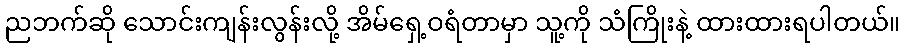
ညဘက်ဆို သောင်းကျန်းလွန်းလို့ အိမ်ရှေ့ဝရံတာမှာ သူ့ကို သံကြိုးနဲ့ ထားထားရပါတယ်။